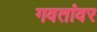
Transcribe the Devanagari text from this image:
गवतांवर